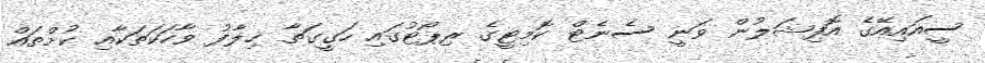
ސީއައިއޭގެ އޮފިޝަލުން ވަނީ ސެނެޓް ކޮމިޓީގެ ރިޕޯޓުގައި ހަގީގަތާ ޚިލާފު ވާހަކަތަކާއި ކުށްތައް